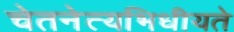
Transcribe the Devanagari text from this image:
चेतनेत्यभिधीयते